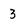
Character: 3